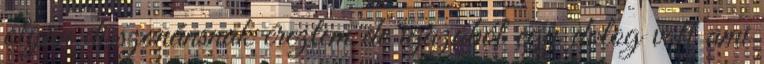
olyan disszonánsnak éreztem de igazából egy dolog volt ami